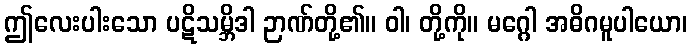
ဤလေးပါးသော ပဋိသမ္ဘိဒါ ဉာဏ်တို့၏။ ဝါ၊ တို့ကို။ မဂ္ဂေါ အဓိဂမူပါယော၊